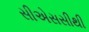
સીએસસીથી